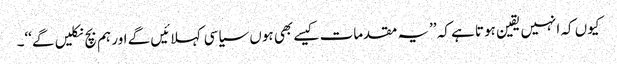
کیوں کہ انہیں یقین ہوتا ہے کہ ’’یہ مقدمات کیسے بھی ہوں سیاسی کہلائیں گے اور ہم بچ نکلیں گے‘‘۔